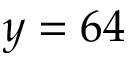
y = 6 4